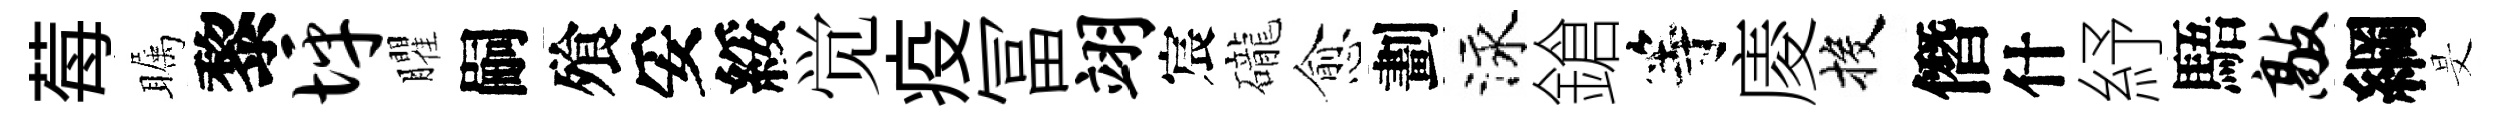
莓瞩黎坪臞嗣飱妥綏觉疫冨翊宸礲愈劃泳鎗等庱投僭什紓䮏敲綱旻